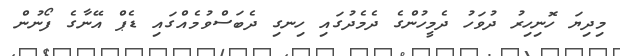
މިދިޔަ ހޮނިހިރު ދުވަހު ދެމީހުންގެ ދެމެދުގައި ހިނގި ދެބަސްވުމެއްގައި ޑެޕް އޭނާގެ ފޯނުން